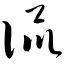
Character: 侃